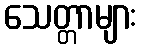
သေတ္တာများ